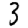
Digit: 3